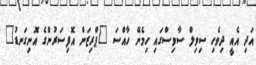
އަދި އެއީ ދިވެހި ސިވިލް ސާވިސްގައި ހިމެނޭ ހާއްސަ "ޕްރިޒަން އޮފިސަރުންގެ އޮނިގަނޑު"